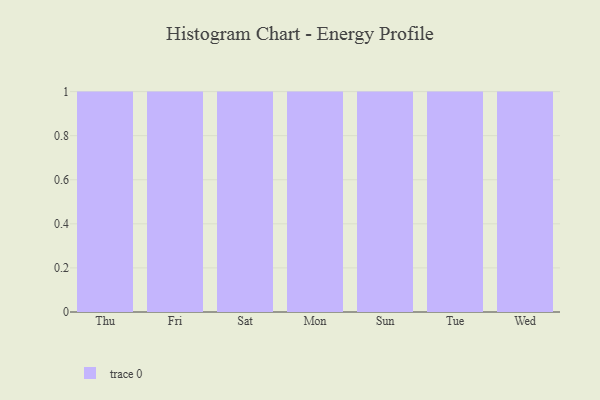
{"axis": {"x": "Day", "y": "Demand Index"}, "legend": [""], "data": [{"x": "Thu", "y": 43, "type": ""}, {"x": "Fri", "y": 46, "type": ""}, {"x": "Sat", "y": 56, "type": ""}, {"x": "Mon", "y": 28, "type": ""}, {"x": "Sun", "y": 2, "type": ""}, {"x": "Tue", "y": 82, "type": ""}, {"x": "Wed", "y": 11, "type": ""}]}